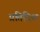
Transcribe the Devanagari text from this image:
प्रतिदिश